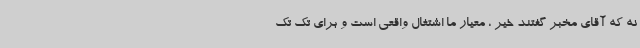
نه که آقای مخبر گفتند خیر ، معیار ما اشتغال واقعی است و برای تک تک